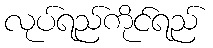
လုပ်ရည်ကိုင်ရည်